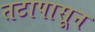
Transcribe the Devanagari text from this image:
तटापासून